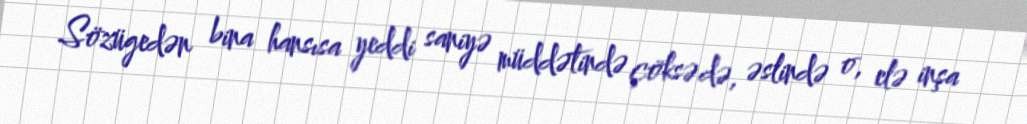
Sözügedən bina hansısa yeddi saniyə müddətində çöksə də, əslində o, elə inşa